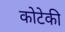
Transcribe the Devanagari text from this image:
कोटेकी